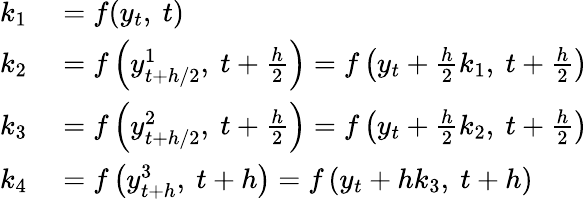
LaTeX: \begin{array}{rl}{k_{1}}&{{}=f(y_{t},\ t)}\\ {k_{2}}&{{}=f\left(y_{t+h/2}^{1},\ t+{\frac{h}{2}}\right)=f\left(y_{t}+{\frac{h}{2}}k_{1},\ t+{\frac{h}{2}}\right)}\\ {k_{3}}&{{}=f\left(y_{t+h/2}^{2},\ t+{\frac{h}{2}}\right)=f\left(y_{t}+{\frac{h}{2}}k_{2},\ t+{\frac{h}{2}}\right)}\\ {k_{4}}&{{}=f\left(y_{t+h}^{3},\ t+h\right)=f\left(y_{t}+hk_{3},\ t+h\right)}\end{array}